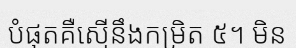
បំផុតគឺស្មើនឹងកម្រិត ៥។ មិន